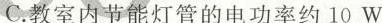
C.教室内节能灯管的电功率约10W